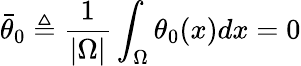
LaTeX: \bar{\theta}_{0}\triangleq\frac{1}{|\Omega|}\int_{\Omega}\theta_{0}(x)dx=0